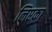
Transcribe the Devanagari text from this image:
लिएका